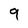
Character: 9